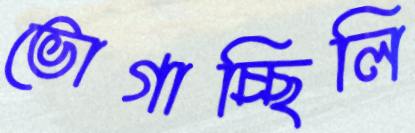
ভোগাচ্ছিলি